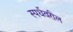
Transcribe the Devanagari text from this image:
स्पर्धेवरील